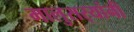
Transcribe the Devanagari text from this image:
मालुसर्‍यांनी